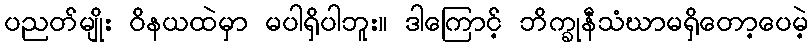
ပညတ်မျိုး ဝိနယထဲမှာ မပါရှိပါဘူး။ ဒါကြောင့် ဘိက္ခုနီသံဃာမရှိတော့ပေမဲ့